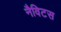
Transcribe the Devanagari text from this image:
नैविटस